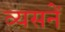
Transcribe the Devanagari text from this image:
व्यसनें